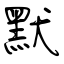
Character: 默